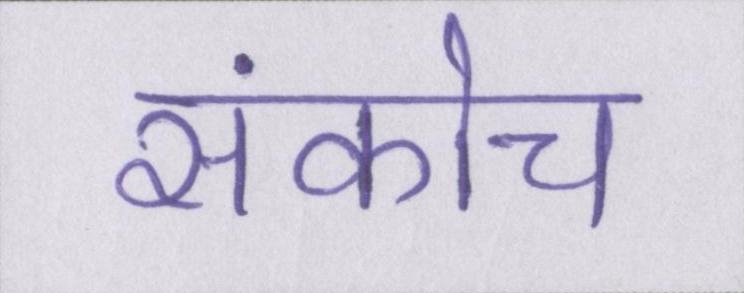
संकोच